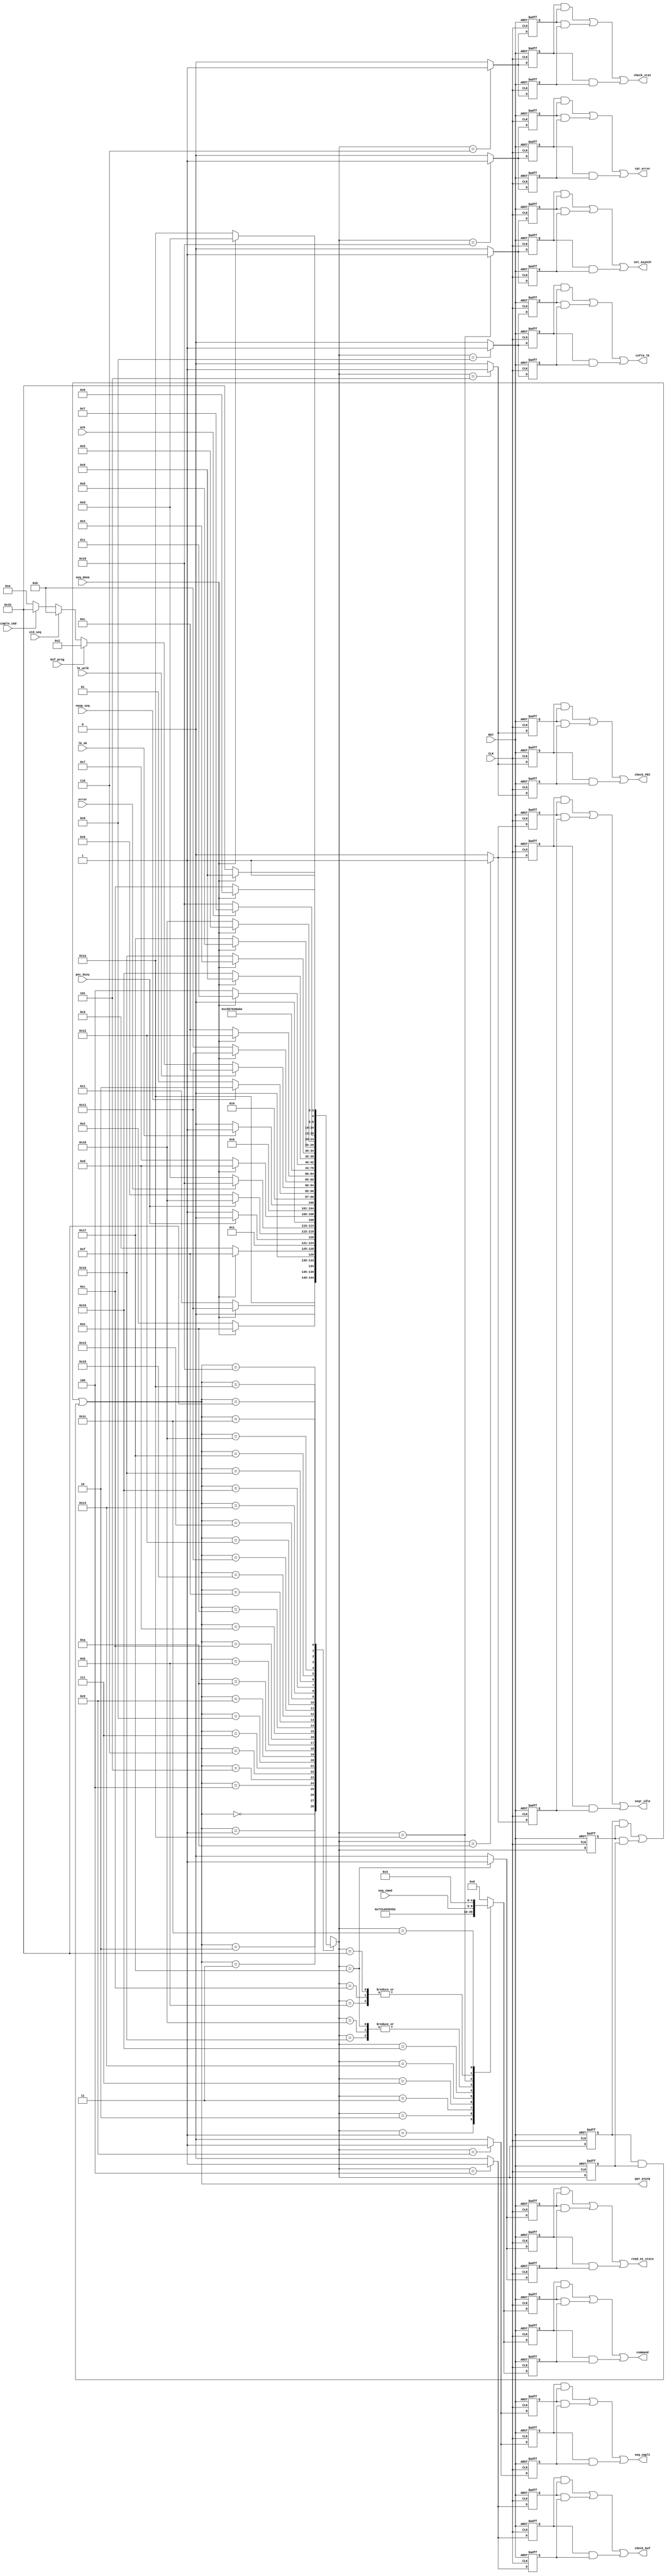

// Created by fizzim_tmr.pl version $Revision: 4.44 on 2014:08:25 at 17:18:52 (www.fizzim.com)

module BPI_sequencer_FSM_TMR (
  output check_PEC,
  output check_buf,
  output check_stat,
  output cnfrm_lk,
  output wire [4:0] command,
  output read_es_state,
  output rpt_error,
  output seq_cmplt,
  output seqr_idle,
  output set_asynch,
  output wire [4:0] OUT_STATE,
  input CLK,
  input RST,
  input ack,
  input buf_prog,
  input error,
  input lk_ok,
  input lk_unlk,
  input noop_seq,
  input pec_busy,
  input wire [4:0] seq_cmnd,
  input seq_done,
  input simple_cmd,
  input std_seq 
);

  // Inserted from attribute insert_at_top_of_module:
  localparam // commands 
  	NoOp            = 5'h00, 
  	Write_1         = 5'h01, 
  	Read_1          = 5'h02, 
  	Write_n         = 5'h03, 
  	Read_n          = 5'h04, 
  	Read_Array      = 5'h05, 
  	Read_Status_Reg = 5'h06, 
  	Read_Elec_Sig   = 5'h07, 
  	Read_CFI_Qry    = 5'h08, 
  	Clr_Status_Reg  = 5'h09, 
  	Block_Erase     = 5'h0A, 
  	Program         = 5'h0B, 
  	Buffer_Program  = 5'h0C, 
  	Buf_Prog_Wrt_n  = 5'h0D, 
  	Buf_Prog_Conf   = 5'h0E, 
  	PE_Susp         = 5'h0F, 
  	PE_Resume       = 5'h10, 
  	Prot_Reg_Prog   = 5'h11, 
  	Set_Cnfg_Reg    = 5'h12, 
  	Block_Lock      = 5'h13, 
  	Block_UnLock    = 5'h14, 
  	Block_Lock_Down = 5'h15, 
  	Blank_Check     = 5'h16, 
  	Load_Address    = 5'h17, 
  	Unassigned      = 5'h18, 
  	Start_Timer     = 5'h19, 
  	Stop_Timer      = 5'h1A, 
  	Reset_Timer     = 5'h1B, 
  	Clr_BPI_Status  = 5'h1C; 

  // state bits
  parameter 
  Reset         = 5'b00000, 
  Buf_Prg_Cnf   = 5'b00001, 
  Buf_Prog      = 5'b00010, 
  Buf_Prog_n    = 5'b00011, 
  Check_Buf     = 5'b00100, 
  Check_PEC     = 5'b00101, 
  Check_Stat    = 5'b00110, 
  Clr_SR        = 5'b00111, 
  Cnfrm_LK      = 5'b01000, 
  Complete      = 5'b01001, 
  Idle          = 5'b01010, 
  Issue_Cmd     = 5'b01011, 
  Issue_LK_UnLK = 5'b01100, 
  NoOp1         = 5'b01101, 
  NoOp2         = 5'b01110, 
  NoOp3         = 5'b01111, 
  NoOp4         = 5'b10000, 
  NoOp5         = 5'b10001, 
  NoOp6         = 5'b10010, 
  NoOp7         = 5'b10011, 
  RES_mode      = 5'b10100, 
  Rd_Array_Mode = 5'b10101, 
  Read_Buf_Stat = 5'b10110, 
  Read_ES       = 5'b10111, 
  Read_Status   = 5'b11000, 
  Rpt_Error     = 5'b11001, 
  Set_Asynch    = 5'b11010, 
  Simple_Cmd    = 5'b11011, 
  Write_n_Wrds  = 5'b11100; 

  (* syn_preserve = "true" *) reg [4:0] state_1;
  (* syn_preserve = "true" *) reg [4:0] state_2;
  (* syn_preserve = "true" *) reg [4:0] state_3;

  (* syn_keep = "true" *) wire [4:0] voted_state_1;
  (* syn_keep = "true" *) wire [4:0] voted_state_2;
  (* syn_keep = "true" *) wire [4:0] voted_state_3;

  assign voted_state_1         = (state_1         & state_2        ) | (state_2         & state_3        ) | (state_1         & state_3        ); // Majority logic
  assign voted_state_2         = (state_1         & state_2        ) | (state_2         & state_3        ) | (state_1         & state_3        ); // Majority logic
  assign voted_state_3         = (state_1         & state_2        ) | (state_2         & state_3        ) | (state_1         & state_3        ); // Majority logic

  assign OUT_STATE = voted_state_1;

  (* syn_keep = "true" *) reg [4:0] nextstate_1;
  (* syn_keep = "true" *) reg [4:0] nextstate_2;
  (* syn_keep = "true" *) reg [4:0] nextstate_3;

  (* syn_preserve = "true" *)  reg check_PEC_1;
  (* syn_preserve = "true" *)  reg check_PEC_2;
  (* syn_preserve = "true" *)  reg check_PEC_3;
  (* syn_preserve = "true" *)  reg check_buf_1;
  (* syn_preserve = "true" *)  reg check_buf_2;
  (* syn_preserve = "true" *)  reg check_buf_3;
  (* syn_preserve = "true" *)  reg check_stat_1;
  (* syn_preserve = "true" *)  reg check_stat_2;
  (* syn_preserve = "true" *)  reg check_stat_3;
  (* syn_preserve = "true" *)  reg cnfrm_lk_1;
  (* syn_preserve = "true" *)  reg cnfrm_lk_2;
  (* syn_preserve = "true" *)  reg cnfrm_lk_3;
  (* syn_preserve = "true" *)  reg [4:0] command_1;
  (* syn_preserve = "true" *)  reg [4:0] command_2;
  (* syn_preserve = "true" *)  reg [4:0] command_3;
  (* syn_preserve = "true" *)  reg read_es_state_1;
  (* syn_preserve = "true" *)  reg read_es_state_2;
  (* syn_preserve = "true" *)  reg read_es_state_3;
  (* syn_preserve = "true" *)  reg rpt_error_1;
  (* syn_preserve = "true" *)  reg rpt_error_2;
  (* syn_preserve = "true" *)  reg rpt_error_3;
  (* syn_preserve = "true" *)  reg seq_cmplt_1;
  (* syn_preserve = "true" *)  reg seq_cmplt_2;
  (* syn_preserve = "true" *)  reg seq_cmplt_3;
  (* syn_preserve = "true" *)  reg seqr_idle_1;
  (* syn_preserve = "true" *)  reg seqr_idle_2;
  (* syn_preserve = "true" *)  reg seqr_idle_3;
  (* syn_preserve = "true" *)  reg set_asynch_1;
  (* syn_preserve = "true" *)  reg set_asynch_2;
  (* syn_preserve = "true" *)  reg set_asynch_3;

  // Assignment of outputs and flags to voted majority logic of replicated registers
  assign check_PEC     = (check_PEC_1     & check_PEC_2    ) | (check_PEC_2     & check_PEC_3    ) | (check_PEC_1     & check_PEC_3    ); // Majority logic
  assign check_buf     = (check_buf_1     & check_buf_2    ) | (check_buf_2     & check_buf_3    ) | (check_buf_1     & check_buf_3    ); // Majority logic
  assign check_stat    = (check_stat_1    & check_stat_2   ) | (check_stat_2    & check_stat_3   ) | (check_stat_1    & check_stat_3   ); // Majority logic
  assign cnfrm_lk      = (cnfrm_lk_1      & cnfrm_lk_2     ) | (cnfrm_lk_2      & cnfrm_lk_3     ) | (cnfrm_lk_1      & cnfrm_lk_3     ); // Majority logic
  assign command       = (command_1       & command_2      ) | (command_2       & command_3      ) | (command_1       & command_3      ); // Majority logic
  assign read_es_state = (read_es_state_1 & read_es_state_2) | (read_es_state_2 & read_es_state_3) | (read_es_state_1 & read_es_state_3); // Majority logic
  assign rpt_error     = (rpt_error_1     & rpt_error_2    ) | (rpt_error_2     & rpt_error_3    ) | (rpt_error_1     & rpt_error_3    ); // Majority logic
  assign seq_cmplt     = (seq_cmplt_1     & seq_cmplt_2    ) | (seq_cmplt_2     & seq_cmplt_3    ) | (seq_cmplt_1     & seq_cmplt_3    ); // Majority logic
  assign seqr_idle     = (seqr_idle_1     & seqr_idle_2    ) | (seqr_idle_2     & seqr_idle_3    ) | (seqr_idle_1     & seqr_idle_3    ); // Majority logic
  assign set_asynch    = (set_asynch_1    & set_asynch_2   ) | (set_asynch_2    & set_asynch_3   ) | (set_asynch_1    & set_asynch_3   ); // Majority logic

  // Assignment of error detection logic to replicated signals

  // comb always block
  always @* begin
    nextstate_1 = 5'bxxxxx; // default to x because default_state_is_x is set
    nextstate_2 = 5'bxxxxx; // default to x because default_state_is_x is set
    nextstate_3 = 5'bxxxxx; // default to x because default_state_is_x is set
    case (voted_state_1)
      Reset        :                       nextstate_1 = Set_Asynch;
      Buf_Prg_Cnf  : if      (seq_done)    nextstate_1 = NoOp5;
                     else                  nextstate_1 = Buf_Prg_Cnf;
      Buf_Prog     : if      (seq_done)    nextstate_1 = NoOp2;
                     else                  nextstate_1 = Buf_Prog;
      Buf_Prog_n   : if      (seq_done)    nextstate_1 = NoOp3;
                     else                  nextstate_1 = Buf_Prog_n;
      Check_Buf    : if      (pec_busy)    nextstate_1 = Buf_Prog;
                     else                  nextstate_1 = Buf_Prog_n;
      Check_PEC    : if      (pec_busy)    nextstate_1 = Read_Status;
                     else                  nextstate_1 = Check_Stat;
      Check_Stat   : if      (error)       nextstate_1 = Rpt_Error;
                     else                  nextstate_1 = NoOp1;
      Clr_SR       : if      (seq_done)    nextstate_1 = NoOp1;
                     else                  nextstate_1 = Clr_SR;
      Cnfrm_LK     : if      (lk_ok)       nextstate_1 = NoOp1;
                     else                  nextstate_1 = Issue_LK_UnLK;
      Complete     : if      (noop_seq)    nextstate_1 = Idle;
                     else                  nextstate_1 = Complete;
      Idle         : if      (lk_unlk)     nextstate_1 = Issue_LK_UnLK;
                     else if (buf_prog)    nextstate_1 = Buf_Prog;
                     else if (std_seq)     nextstate_1 = Issue_Cmd;
                     else if (simple_cmd)  nextstate_1 = Simple_Cmd;
                     else                  nextstate_1 = Idle;
      Issue_Cmd    : if      (seq_done)    nextstate_1 = NoOp5;
                     else                  nextstate_1 = Issue_Cmd;
      Issue_LK_UnLK: if      (seq_done)    nextstate_1 = NoOp6;
                     else                  nextstate_1 = Issue_LK_UnLK;
      NoOp1        :                       nextstate_1 = Rd_Array_Mode;
      NoOp2        :                       nextstate_1 = Read_Buf_Stat;
      NoOp3        :                       nextstate_1 = Write_n_Wrds;
      NoOp4        :                       nextstate_1 = Buf_Prg_Cnf;
      NoOp5        :                       nextstate_1 = Read_Status;
      NoOp6        :                       nextstate_1 = RES_mode;
      NoOp7        :                       nextstate_1 = Read_ES;
      RES_mode     : if      (seq_done)    nextstate_1 = NoOp7;
                     else                  nextstate_1 = RES_mode;
      Rd_Array_Mode: if      (seq_done)    nextstate_1 = Complete;
                     else                  nextstate_1 = Rd_Array_Mode;
      Read_Buf_Stat: if      (seq_done)    nextstate_1 = Check_Buf;
                     else                  nextstate_1 = Read_Buf_Stat;
      Read_ES      : if      (seq_done)    nextstate_1 = Cnfrm_LK;
                     else                  nextstate_1 = Read_ES;
      Read_Status  : if      (seq_done)    nextstate_1 = Check_PEC;
                     else                  nextstate_1 = Read_Status;
      Rpt_Error    : if      (ack)         nextstate_1 = Clr_SR;
                     else                  nextstate_1 = Rpt_Error;
      Set_Asynch   : if      (seq_done)    nextstate_1 = NoOp1;
                     else                  nextstate_1 = Set_Asynch;
      Simple_Cmd   : if      (seq_done)    nextstate_1 = Complete;
                     else                  nextstate_1 = Simple_Cmd;
      Write_n_Wrds : if      (seq_done)    nextstate_1 = NoOp4;
                     else                  nextstate_1 = Write_n_Wrds;
    endcase
    case (voted_state_2)
      Reset        :                       nextstate_2 = Set_Asynch;
      Buf_Prg_Cnf  : if      (seq_done)    nextstate_2 = NoOp5;
                     else                  nextstate_2 = Buf_Prg_Cnf;
      Buf_Prog     : if      (seq_done)    nextstate_2 = NoOp2;
                     else                  nextstate_2 = Buf_Prog;
      Buf_Prog_n   : if      (seq_done)    nextstate_2 = NoOp3;
                     else                  nextstate_2 = Buf_Prog_n;
      Check_Buf    : if      (pec_busy)    nextstate_2 = Buf_Prog;
                     else                  nextstate_2 = Buf_Prog_n;
      Check_PEC    : if      (pec_busy)    nextstate_2 = Read_Status;
                     else                  nextstate_2 = Check_Stat;
      Check_Stat   : if      (error)       nextstate_2 = Rpt_Error;
                     else                  nextstate_2 = NoOp1;
      Clr_SR       : if      (seq_done)    nextstate_2 = NoOp1;
                     else                  nextstate_2 = Clr_SR;
      Cnfrm_LK     : if      (lk_ok)       nextstate_2 = NoOp1;
                     else                  nextstate_2 = Issue_LK_UnLK;
      Complete     : if      (noop_seq)    nextstate_2 = Idle;
                     else                  nextstate_2 = Complete;
      Idle         : if      (lk_unlk)     nextstate_2 = Issue_LK_UnLK;
                     else if (buf_prog)    nextstate_2 = Buf_Prog;
                     else if (std_seq)     nextstate_2 = Issue_Cmd;
                     else if (simple_cmd)  nextstate_2 = Simple_Cmd;
                     else                  nextstate_2 = Idle;
      Issue_Cmd    : if      (seq_done)    nextstate_2 = NoOp5;
                     else                  nextstate_2 = Issue_Cmd;
      Issue_LK_UnLK: if      (seq_done)    nextstate_2 = NoOp6;
                     else                  nextstate_2 = Issue_LK_UnLK;
      NoOp1        :                       nextstate_2 = Rd_Array_Mode;
      NoOp2        :                       nextstate_2 = Read_Buf_Stat;
      NoOp3        :                       nextstate_2 = Write_n_Wrds;
      NoOp4        :                       nextstate_2 = Buf_Prg_Cnf;
      NoOp5        :                       nextstate_2 = Read_Status;
      NoOp6        :                       nextstate_2 = RES_mode;
      NoOp7        :                       nextstate_2 = Read_ES;
      RES_mode     : if      (seq_done)    nextstate_2 = NoOp7;
                     else                  nextstate_2 = RES_mode;
      Rd_Array_Mode: if      (seq_done)    nextstate_2 = Complete;
                     else                  nextstate_2 = Rd_Array_Mode;
      Read_Buf_Stat: if      (seq_done)    nextstate_2 = Check_Buf;
                     else                  nextstate_2 = Read_Buf_Stat;
      Read_ES      : if      (seq_done)    nextstate_2 = Cnfrm_LK;
                     else                  nextstate_2 = Read_ES;
      Read_Status  : if      (seq_done)    nextstate_2 = Check_PEC;
                     else                  nextstate_2 = Read_Status;
      Rpt_Error    : if      (ack)         nextstate_2 = Clr_SR;
                     else                  nextstate_2 = Rpt_Error;
      Set_Asynch   : if      (seq_done)    nextstate_2 = NoOp1;
                     else                  nextstate_2 = Set_Asynch;
      Simple_Cmd   : if      (seq_done)    nextstate_2 = Complete;
                     else                  nextstate_2 = Simple_Cmd;
      Write_n_Wrds : if      (seq_done)    nextstate_2 = NoOp4;
                     else                  nextstate_2 = Write_n_Wrds;
    endcase
    case (voted_state_3)
      Reset        :                       nextstate_3 = Set_Asynch;
      Buf_Prg_Cnf  : if      (seq_done)    nextstate_3 = NoOp5;
                     else                  nextstate_3 = Buf_Prg_Cnf;
      Buf_Prog     : if      (seq_done)    nextstate_3 = NoOp2;
                     else                  nextstate_3 = Buf_Prog;
      Buf_Prog_n   : if      (seq_done)    nextstate_3 = NoOp3;
                     else                  nextstate_3 = Buf_Prog_n;
      Check_Buf    : if      (pec_busy)    nextstate_3 = Buf_Prog;
                     else                  nextstate_3 = Buf_Prog_n;
      Check_PEC    : if      (pec_busy)    nextstate_3 = Read_Status;
                     else                  nextstate_3 = Check_Stat;
      Check_Stat   : if      (error)       nextstate_3 = Rpt_Error;
                     else                  nextstate_3 = NoOp1;
      Clr_SR       : if      (seq_done)    nextstate_3 = NoOp1;
                     else                  nextstate_3 = Clr_SR;
      Cnfrm_LK     : if      (lk_ok)       nextstate_3 = NoOp1;
                     else                  nextstate_3 = Issue_LK_UnLK;
      Complete     : if      (noop_seq)    nextstate_3 = Idle;
                     else                  nextstate_3 = Complete;
      Idle         : if      (lk_unlk)     nextstate_3 = Issue_LK_UnLK;
                     else if (buf_prog)    nextstate_3 = Buf_Prog;
                     else if (std_seq)     nextstate_3 = Issue_Cmd;
                     else if (simple_cmd)  nextstate_3 = Simple_Cmd;
                     else                  nextstate_3 = Idle;
      Issue_Cmd    : if      (seq_done)    nextstate_3 = NoOp5;
                     else                  nextstate_3 = Issue_Cmd;
      Issue_LK_UnLK: if      (seq_done)    nextstate_3 = NoOp6;
                     else                  nextstate_3 = Issue_LK_UnLK;
      NoOp1        :                       nextstate_3 = Rd_Array_Mode;
      NoOp2        :                       nextstate_3 = Read_Buf_Stat;
      NoOp3        :                       nextstate_3 = Write_n_Wrds;
      NoOp4        :                       nextstate_3 = Buf_Prg_Cnf;
      NoOp5        :                       nextstate_3 = Read_Status;
      NoOp6        :                       nextstate_3 = RES_mode;
      NoOp7        :                       nextstate_3 = Read_ES;
      RES_mode     : if      (seq_done)    nextstate_3 = NoOp7;
                     else                  nextstate_3 = RES_mode;
      Rd_Array_Mode: if      (seq_done)    nextstate_3 = Complete;
                     else                  nextstate_3 = Rd_Array_Mode;
      Read_Buf_Stat: if      (seq_done)    nextstate_3 = Check_Buf;
                     else                  nextstate_3 = Read_Buf_Stat;
      Read_ES      : if      (seq_done)    nextstate_3 = Cnfrm_LK;
                     else                  nextstate_3 = Read_ES;
      Read_Status  : if      (seq_done)    nextstate_3 = Check_PEC;
                     else                  nextstate_3 = Read_Status;
      Rpt_Error    : if      (ack)         nextstate_3 = Clr_SR;
                     else                  nextstate_3 = Rpt_Error;
      Set_Asynch   : if      (seq_done)    nextstate_3 = NoOp1;
                     else                  nextstate_3 = Set_Asynch;
      Simple_Cmd   : if      (seq_done)    nextstate_3 = Complete;
                     else                  nextstate_3 = Simple_Cmd;
      Write_n_Wrds : if      (seq_done)    nextstate_3 = NoOp4;
                     else                  nextstate_3 = Write_n_Wrds;
    endcase
  end

  // Assign reg'd outputs to state bits

  // sequential always block
  always @(posedge CLK or posedge RST) begin
    if (RST) begin
      state_1 <= Reset;
      state_2 <= Reset;
      state_3 <= Reset;
    end
    else begin
      state_1 <= nextstate_1;
      state_2 <= nextstate_2;
      state_3 <= nextstate_3;
    end
  end

  // datapath sequential always block
  always @(posedge CLK or posedge RST) begin
    if (RST) begin
      check_PEC_1 <= 0;
      check_PEC_2 <= 0;
      check_PEC_3 <= 0;
      check_buf_1 <= 0;
      check_buf_2 <= 0;
      check_buf_3 <= 0;
      check_stat_1 <= 0;
      check_stat_2 <= 0;
      check_stat_3 <= 0;
      cnfrm_lk_1 <= 0;
      cnfrm_lk_2 <= 0;
      cnfrm_lk_3 <= 0;
      command_1 <= 5'b00000;
      command_2 <= 5'b00000;
      command_3 <= 5'b00000;
      read_es_state_1 <= 0;
      read_es_state_2 <= 0;
      read_es_state_3 <= 0;
      rpt_error_1 <= 0;
      rpt_error_2 <= 0;
      rpt_error_3 <= 0;
      seq_cmplt_1 <= 0;
      seq_cmplt_2 <= 0;
      seq_cmplt_3 <= 0;
      seqr_idle_1 <= 0;
      seqr_idle_2 <= 0;
      seqr_idle_3 <= 0;
      set_asynch_1 <= 0;
      set_asynch_2 <= 0;
      set_asynch_3 <= 0;
    end
    else begin
      check_PEC_1 <= 0; // default
      check_PEC_2 <= 0; // default
      check_PEC_3 <= 0; // default
      check_buf_1 <= 0; // default
      check_buf_2 <= 0; // default
      check_buf_3 <= 0; // default
      check_stat_1 <= 0; // default
      check_stat_2 <= 0; // default
      check_stat_3 <= 0; // default
      cnfrm_lk_1 <= 0; // default
      cnfrm_lk_2 <= 0; // default
      cnfrm_lk_3 <= 0; // default
      command_1 <= 5'b00000; // default
      command_2 <= 5'b00000; // default
      command_3 <= 5'b00000; // default
      read_es_state_1 <= 0; // default
      read_es_state_2 <= 0; // default
      read_es_state_3 <= 0; // default
      rpt_error_1 <= 0; // default
      rpt_error_2 <= 0; // default
      rpt_error_3 <= 0; // default
      seq_cmplt_1 <= 0; // default
      seq_cmplt_2 <= 0; // default
      seq_cmplt_3 <= 0; // default
      seqr_idle_1 <= 0; // default
      seqr_idle_2 <= 0; // default
      seqr_idle_3 <= 0; // default
      set_asynch_1 <= 0; // default
      set_asynch_2 <= 0; // default
      set_asynch_3 <= 0; // default
      case (nextstate_1)
        Buf_Prg_Cnf  :        command_1 <= Buf_Prog_Conf;
        Buf_Prog     :        command_1 <= Buffer_Program;
        Buf_Prog_n   :        command_1 <= Buf_Prog_Wrt_n;
        Check_Buf    :        check_buf_1 <= 1;
        Check_PEC    :        check_PEC_1 <= 1;
        Check_Stat   :        check_stat_1 <= 1;
        Clr_SR       :        command_1 <= Clr_Status_Reg;
        Cnfrm_LK     :        cnfrm_lk_1 <= 1;
        Complete     :        seq_cmplt_1 <= 1;
        Idle         :        seqr_idle_1 <= 1;
        Issue_Cmd    :        command_1 <= seq_cmnd;
        Issue_LK_UnLK:        command_1 <= seq_cmnd;
        RES_mode     :        command_1 <= Read_Elec_Sig;
        Rd_Array_Mode:        command_1 <= Read_Array;
        Read_Buf_Stat:        command_1 <= Read_1;
        Read_ES      : begin
                              command_1 <= Read_1;
                              read_es_state_1 <= 1;
        end
        Read_Status  :        command_1 <= Read_1;
        Rpt_Error    :        rpt_error_1 <= 1;
        Set_Asynch   : begin
                              command_1 <= Set_Cnfg_Reg;
                              set_asynch_1 <= 1;
        end
        Simple_Cmd   :        command_1 <= seq_cmnd;
        Write_n_Wrds :        command_1 <= Write_n;
      endcase
      case (nextstate_2)
        Buf_Prg_Cnf  :        command_2 <= Buf_Prog_Conf;
        Buf_Prog     :        command_2 <= Buffer_Program;
        Buf_Prog_n   :        command_2 <= Buf_Prog_Wrt_n;
        Check_Buf    :        check_buf_2 <= 1;
        Check_PEC    :        check_PEC_2 <= 1;
        Check_Stat   :        check_stat_2 <= 1;
        Clr_SR       :        command_2 <= Clr_Status_Reg;
        Cnfrm_LK     :        cnfrm_lk_2 <= 1;
        Complete     :        seq_cmplt_2 <= 1;
        Idle         :        seqr_idle_2 <= 1;
        Issue_Cmd    :        command_2 <= seq_cmnd;
        Issue_LK_UnLK:        command_2 <= seq_cmnd;
        RES_mode     :        command_2 <= Read_Elec_Sig;
        Rd_Array_Mode:        command_2 <= Read_Array;
        Read_Buf_Stat:        command_2 <= Read_1;
        Read_ES      : begin
                              command_2 <= Read_1;
                              read_es_state_2 <= 1;
        end
        Read_Status  :        command_2 <= Read_1;
        Rpt_Error    :        rpt_error_2 <= 1;
        Set_Asynch   : begin
                              command_2 <= Set_Cnfg_Reg;
                              set_asynch_2 <= 1;
        end
        Simple_Cmd   :        command_2 <= seq_cmnd;
        Write_n_Wrds :        command_2 <= Write_n;
      endcase
      case (nextstate_3)
        Buf_Prg_Cnf  :        command_3 <= Buf_Prog_Conf;
        Buf_Prog     :        command_3 <= Buffer_Program;
        Buf_Prog_n   :        command_3 <= Buf_Prog_Wrt_n;
        Check_Buf    :        check_buf_3 <= 1;
        Check_PEC    :        check_PEC_3 <= 1;
        Check_Stat   :        check_stat_3 <= 1;
        Clr_SR       :        command_3 <= Clr_Status_Reg;
        Cnfrm_LK     :        cnfrm_lk_3 <= 1;
        Complete     :        seq_cmplt_3 <= 1;
        Idle         :        seqr_idle_3 <= 1;
        Issue_Cmd    :        command_3 <= seq_cmnd;
        Issue_LK_UnLK:        command_3 <= seq_cmnd;
        RES_mode     :        command_3 <= Read_Elec_Sig;
        Rd_Array_Mode:        command_3 <= Read_Array;
        Read_Buf_Stat:        command_3 <= Read_1;
        Read_ES      : begin
                              command_3 <= Read_1;
                              read_es_state_3 <= 1;
        end
        Read_Status  :        command_3 <= Read_1;
        Rpt_Error    :        rpt_error_3 <= 1;
        Set_Asynch   : begin
                              command_3 <= Set_Cnfg_Reg;
                              set_asynch_3 <= 1;
        end
        Simple_Cmd   :        command_3 <= seq_cmnd;
        Write_n_Wrds :        command_3 <= Write_n;
      endcase
    end
  end

  // This code allows you to see state names in simulation
  `ifndef SYNTHESIS
  reg [103:0] statename;
  always @* begin
    case (state_1)
      Reset        : statename = "Reset";
      Buf_Prg_Cnf  : statename = "Buf_Prg_Cnf";
      Buf_Prog     : statename = "Buf_Prog";
      Buf_Prog_n   : statename = "Buf_Prog_n";
      Check_Buf    : statename = "Check_Buf";
      Check_PEC    : statename = "Check_PEC";
      Check_Stat   : statename = "Check_Stat";
      Clr_SR       : statename = "Clr_SR";
      Cnfrm_LK     : statename = "Cnfrm_LK";
      Complete     : statename = "Complete";
      Idle         : statename = "Idle";
      Issue_Cmd    : statename = "Issue_Cmd";
      Issue_LK_UnLK: statename = "Issue_LK_UnLK";
      NoOp1        : statename = "NoOp1";
      NoOp2        : statename = "NoOp2";
      NoOp3        : statename = "NoOp3";
      NoOp4        : statename = "NoOp4";
      NoOp5        : statename = "NoOp5";
      NoOp6        : statename = "NoOp6";
      NoOp7        : statename = "NoOp7";
      RES_mode     : statename = "RES_mode";
      Rd_Array_Mode: statename = "Rd_Array_Mode";
      Read_Buf_Stat: statename = "Read_Buf_Stat";
      Read_ES      : statename = "Read_ES";
      Read_Status  : statename = "Read_Status";
      Rpt_Error    : statename = "Rpt_Error";
      Set_Asynch   : statename = "Set_Asynch";
      Simple_Cmd   : statename = "Simple_Cmd";
      Write_n_Wrds : statename = "Write_n_Wrds";
      default      : statename = "XXXXXXXXXXXXX";
    endcase
  end
  `endif

endmodule